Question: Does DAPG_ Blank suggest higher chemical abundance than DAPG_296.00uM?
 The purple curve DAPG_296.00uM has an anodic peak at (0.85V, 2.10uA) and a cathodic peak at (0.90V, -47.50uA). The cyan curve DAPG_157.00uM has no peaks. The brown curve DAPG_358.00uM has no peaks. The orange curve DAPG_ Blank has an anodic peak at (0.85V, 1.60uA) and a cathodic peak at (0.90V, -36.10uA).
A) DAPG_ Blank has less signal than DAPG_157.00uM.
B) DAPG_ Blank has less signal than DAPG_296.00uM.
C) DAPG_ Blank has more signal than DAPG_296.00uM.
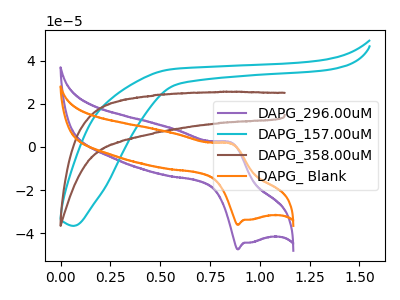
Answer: <think>All the peaks in "DAPG_ Blank" have a peak in "DAPG_296.00uM" at the same potential. Every peak in "DAPG_ Blank" is lower than every peak in "DAPG_296.00uM".
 </think>
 <answer>B) "DAPG_ Blank" has less signal than "DAPG_296.00uM".</answer>
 <eval>B</eval>